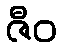
ဇီဝ